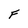
Character: F